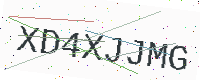
Text: XD4XJJMG